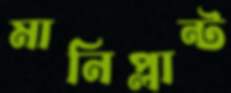
মানিপ্লান্ট